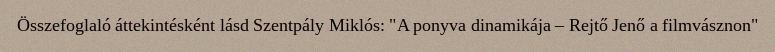
Összefoglaló áttekintésként lásd Szentpály Miklós: "A ponyva dinamikája – Rejtő Jenő a filmvásznon"